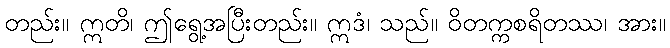
တည်း။ ဣတိ၊ ဤရွေ့အပြီးတည်း။ ဣဒံ၊ သည်။ ဝိတက္ကစရိတဿ၊ အား။